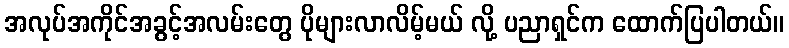
အလုပ်အကိုင်အခွင့်အလမ်းတွေ ပိုများလာလိမ့်မယ် လို့ ပညာရှင်က ထောက်ပြပါတယ်။